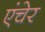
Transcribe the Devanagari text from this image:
एंचेर